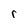
Character: r